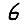
Digit: 6